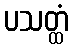
ပသတ္ထံ